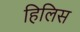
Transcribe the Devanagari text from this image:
हिलिस